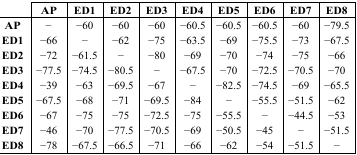
<table><thead><tr><td></td><td><b>AP</b></td><td><b>ED1</b></td><td><b>ED2</b></td><td><b>ED3</b></td><td><b>ED4</b></td><td><b>ED5</b></td><td><b>ED6</b></td><td><b>ED7</b></td><td><b>ED8</b></td></tr></thead><tbody><tr><td><b>AP</b></td><td>−</td><td>−60</td><td>−60</td><td>−60</td><td>−60.5</td><td>−60.5</td><td>−60.5</td><td>−60</td><td>−79.5</td></tr><tr><td><b>ED1</b></td><td>−66</td><td>−</td><td>−62</td><td>−75</td><td>−63.5</td><td>−69</td><td>−75.5</td><td>−73</td><td>−67.5</td></tr><tr><td><b>ED2</b></td><td>−72</td><td>−61.5</td><td>−</td><td>−80</td><td>−69</td><td>−70</td><td>−74</td><td>−75</td><td>−66</td></tr><tr><td><b>ED3</b></td><td>−77.5</td><td>−74.5</td><td>−80.5</td><td>−</td><td>−67.5</td><td>−70</td><td>−72.5</td><td>−70.5</td><td>−70</td></tr><tr><td><b>ED4</b></td><td>−39</td><td>−63</td><td>−69.5</td><td>−67</td><td>−</td><td>−82.5</td><td>−74.5</td><td>−69</td><td>−65.5</td></tr><tr><td><b>ED5</b></td><td>−67.5</td><td>−68</td><td>−71</td><td>−69.5</td><td>−84</td><td>−</td><td>−55.5</td><td>−51.5</td><td>−62</td></tr><tr><td><b>ED6</b></td><td>−67</td><td>−75</td><td>−75</td><td>−72.5</td><td>−75</td><td>−55.5</td><td>−</td><td>−44.5</td><td>−53</td></tr><tr><td><b>ED7</b></td><td>−46</td><td>−70</td><td>−77.5</td><td>−70.5</td><td>−69</td><td>−50.5</td><td>−45</td><td>−</td><td>−51.5</td></tr><tr><td><b>ED8</b></td><td>−78</td><td>−67.5</td><td>−66.5</td><td>−71</td><td>−66</td><td>−62</td><td>−54</td><td>−51.5</td><td>−</td></tr></tbody></table>